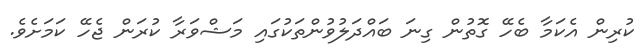
ކުރިން އެކަމާ ބެހޭ ގޮތުން ގިނަ ބައްދަލުވުންތަކުގައި މަޝްވަރާ ކުރަން ޖެހޭ ކަމަށެވެ.